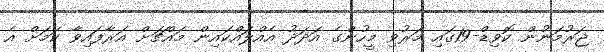
ޖަރުމަނުން ކޮވިޑް-19ގައި މަރުވި މީހުންގެ އަދަދު އެއްލައްކައިން މައްޗަށް އަރާފައިވާ ކަމަށް އެ